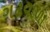
ગઢવાળા